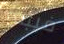
فيبدو